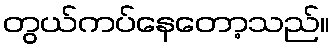
တွယ်ကပ်နေတော့သည်။